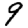
Digit: 9